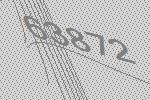
63872